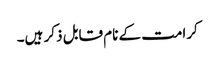
کرامت کے نام قابل ذکر ہیں۔